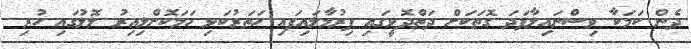
ދެން ކަމަކާ ވިސްނައިލާފަދަ ގޮތަކަށް ދަތްދޮޅީގައި ފިރުމާލައިފައި ހަތަރުކަޅި ހަމަކޮށްލިއިރު ލޮލުގައި ހުރި